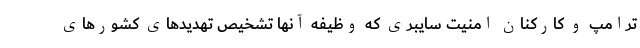
ترامپ و کارکنان امنیت سایبری که وظیفه آنها تشخیص تهدیدهای کشورهای